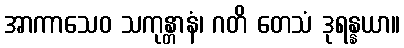
အာကာသေဝ သကုန္တာနံ၊ ဂတိ တေသံ ဒုရန္နယာ။